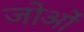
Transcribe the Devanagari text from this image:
जोओं